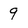
Character: 9